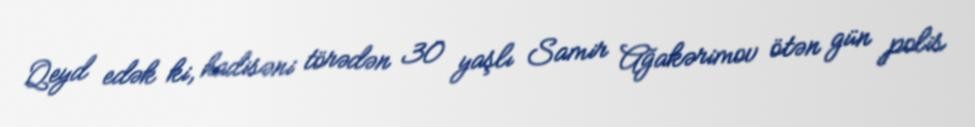
Qeyd edək ki, hadisəni törədən 30 yaşlı Samir Ağakərimov ötən gün polis